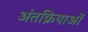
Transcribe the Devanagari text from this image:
अंतक्रियाओं